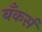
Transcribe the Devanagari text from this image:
बँकर्स